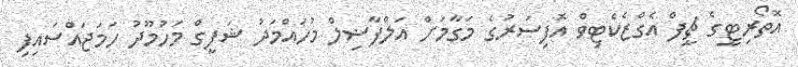
އޮތޯރިޓީގެ ޗީފް އެގްޒެކެޓިވް އޮފިސަރުގެ މަގާމަށް އަލްފާޟިލް މުހައްމަދު ޝަފީގް މަހުމޫދު ހަމަޖައްސައިފި